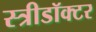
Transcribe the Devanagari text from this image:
स्त्रीडॉक्टर